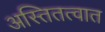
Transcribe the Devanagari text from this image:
अस्तितत्वात